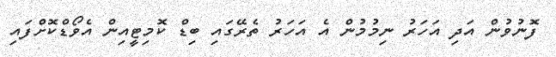
ފޮނުވުން އަދި އަހަރު ނިމުމުން އެ އަހަރު ތެރޭގައި ބިޑް ކޮމިޓީއިން އެވޯޑްކޮށްފައި